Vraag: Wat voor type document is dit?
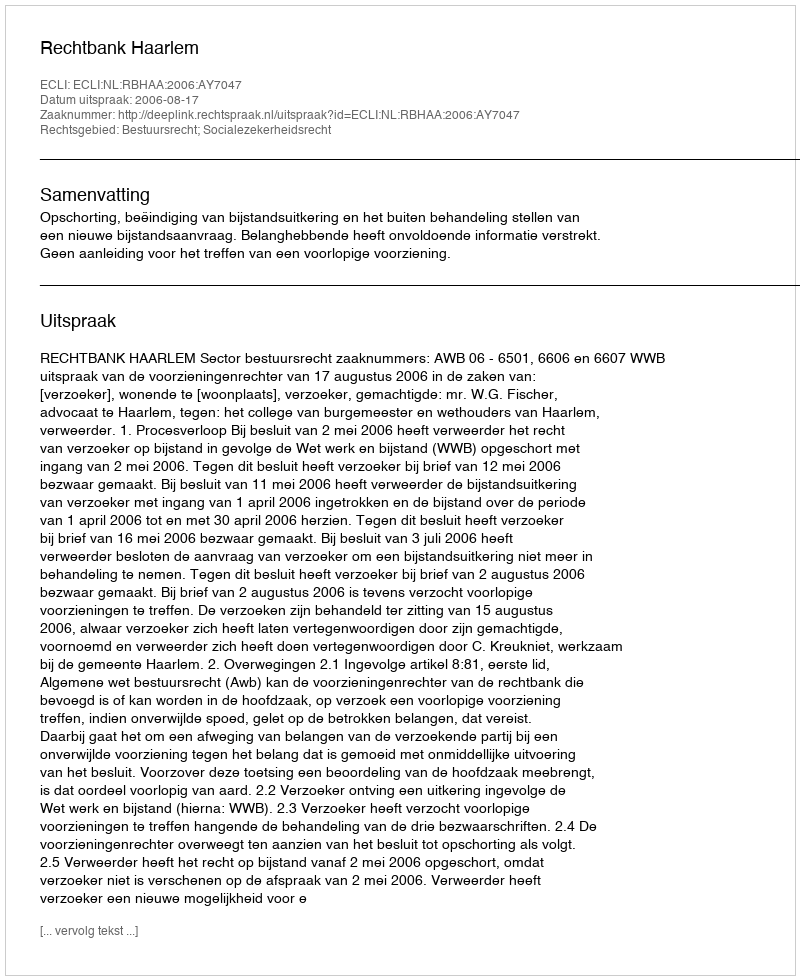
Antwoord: Uitspraak